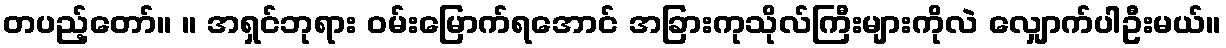
တပည့်တော်။ ။ အရှင်ဘုရား ဝမ်းမြောက်ရအောင် အခြားကုသိုလ်ကြီးများကိုလဲ လျှောက်ပါဦးမယ်။